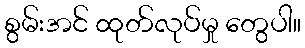
စွမ်းအင် ထုတ်လုပ်မှု တွေပါ။